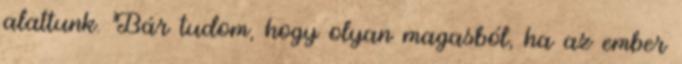
alattunk. Bár tudom, hogy olyan magasból, ha az ember